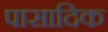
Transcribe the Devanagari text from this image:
पासादिक